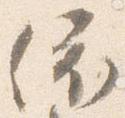
依